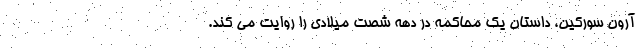
آرون سورکین، داستان یک محاکمه در دهه شصت میلادی را روایت می کند.